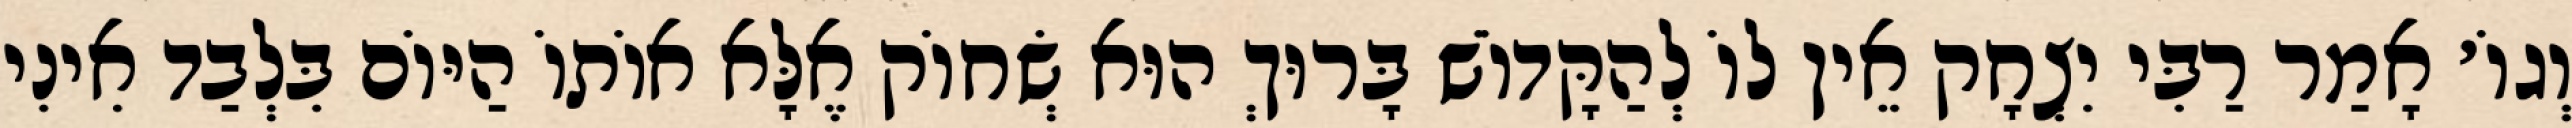
וְגוֹ׳ אָמַר רַבִּי יִצְחָק אֵין לוֹ לְהַקָּדוֹשׁ בָּרוּךְ הוּא שְׂחוֹק אֶלָּא אוֹתוֹ הַיּוֹם בִּלְבַד אִינִי